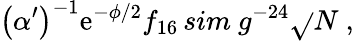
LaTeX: \left(\alpha^{\prime}\right)^{-1}\mathrm{e}^{-\phi/2}f_{16}\, sim\ g^{-24}\sqrt{}{{N}}\ ,